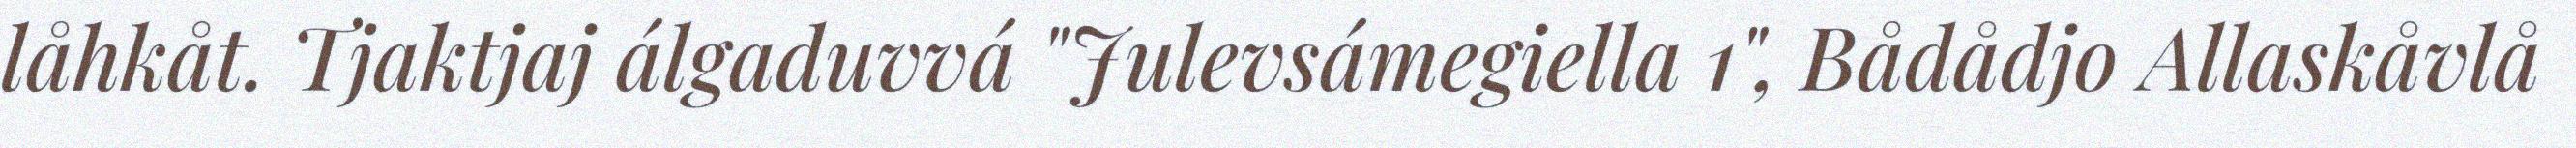
låhkåt. Tjaktjaj álgaduvvá "Julevsámegiella 1", Bådådjo Allaskåvlå